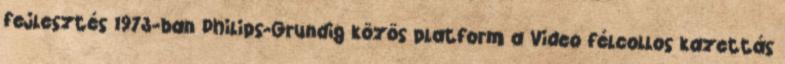
fejlesztés 1973-ban Philips-Grundig közös platform a Video félcollos kazettás